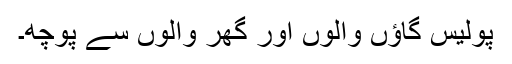
پولیس گاؤں والوں اور گھر والوں سے پوچھ۔